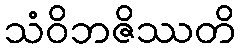
သံဝိဘဇိဿတိ